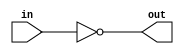
module not_10b(in, out);

	input[9:0] in;
	output[9:0] out;

	assign out = ~(in);
endmodule